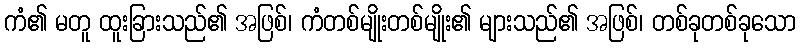
ကံ၏ မတူ ထူးခြားသည်၏ အဖြစ်၊ ကံတစ်မျိုးတစ်မျိုး၏ များသည်၏ အဖြစ်၊ တစ်ခုတစ်ခုသော